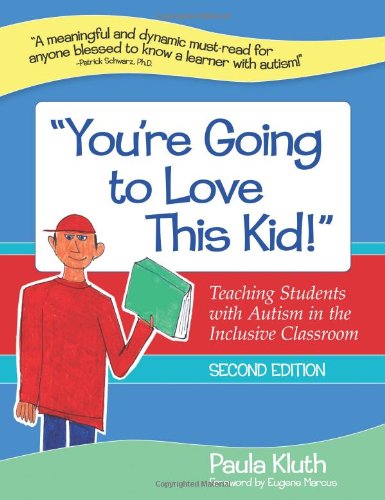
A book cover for "You're Going to Love This Kid!": Teaching Students with Autism in the Inclusive Classroom, Second Edition; Paula Kluth Ph.D.; Health, Fitness & Dieting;